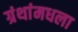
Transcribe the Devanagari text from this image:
ग्रंथांमधला